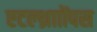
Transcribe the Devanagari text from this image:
एटल्थ्रााोंपस